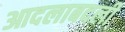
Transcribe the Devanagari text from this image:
आदलाबदली